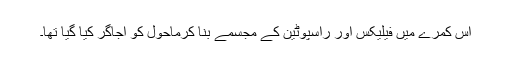
اس کمرے میں فیلیکس اور راسپوٹین کے مجسمے بنا کرماحول کو اجاگر کیا گیا تھا۔